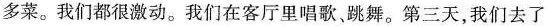
多菜。我们都很激动。我们在客厅里唱歌，跳舞。第三天，我们去了